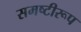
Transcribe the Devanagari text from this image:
समष्टीरूप